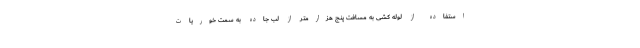
استفاده از لوله کشی به مسافت پنج هزارمتر از لب جاده به سمت خوریات